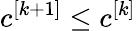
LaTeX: c^{[k+1]}\leq c^{[k]}